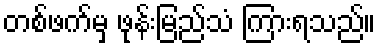
တစ်ဖက်မှ ဖုန်းမြည်သံ ကြားရသည်။